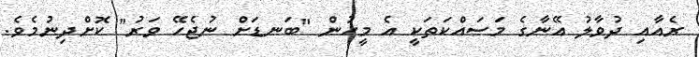
ރެއާއި ދުވާލު އޭނާގެ މަސައްކަތަކީ އެ މީހުން "ބަނޑަށް ނުޖެހޭ ވަރު" ކޮށްދިނުމެވެ.